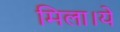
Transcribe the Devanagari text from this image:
मिला।ये